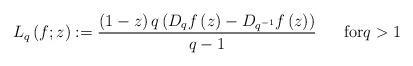
LaTeX: \begin{align*}L_{q}\left( f;z\right) :=\frac{\left( 1-z\right) q\left( D_{q}f\left(z\right) -D_{q^{-1}}f\left( z\right) \right) }{q-1}\ \ \ \ \ \text{for}q>1 \end{align*}